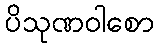
ပိသုဏဝါစော